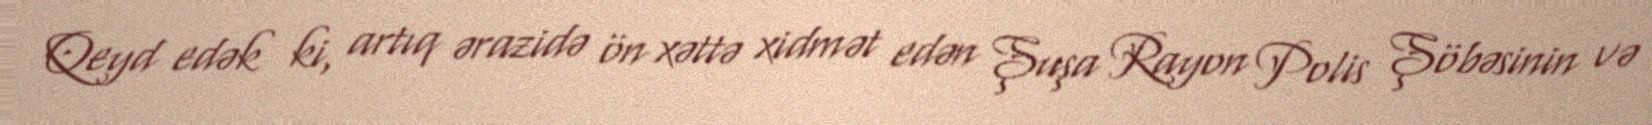
Qeyd edək ki, artıq ərazidə ön xəttə xidmət edən Şuşa Rayon Polis Şöbəsinin və